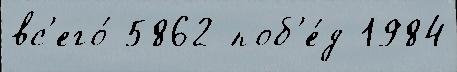
вс'его́ 5862 поб'е́д 1984